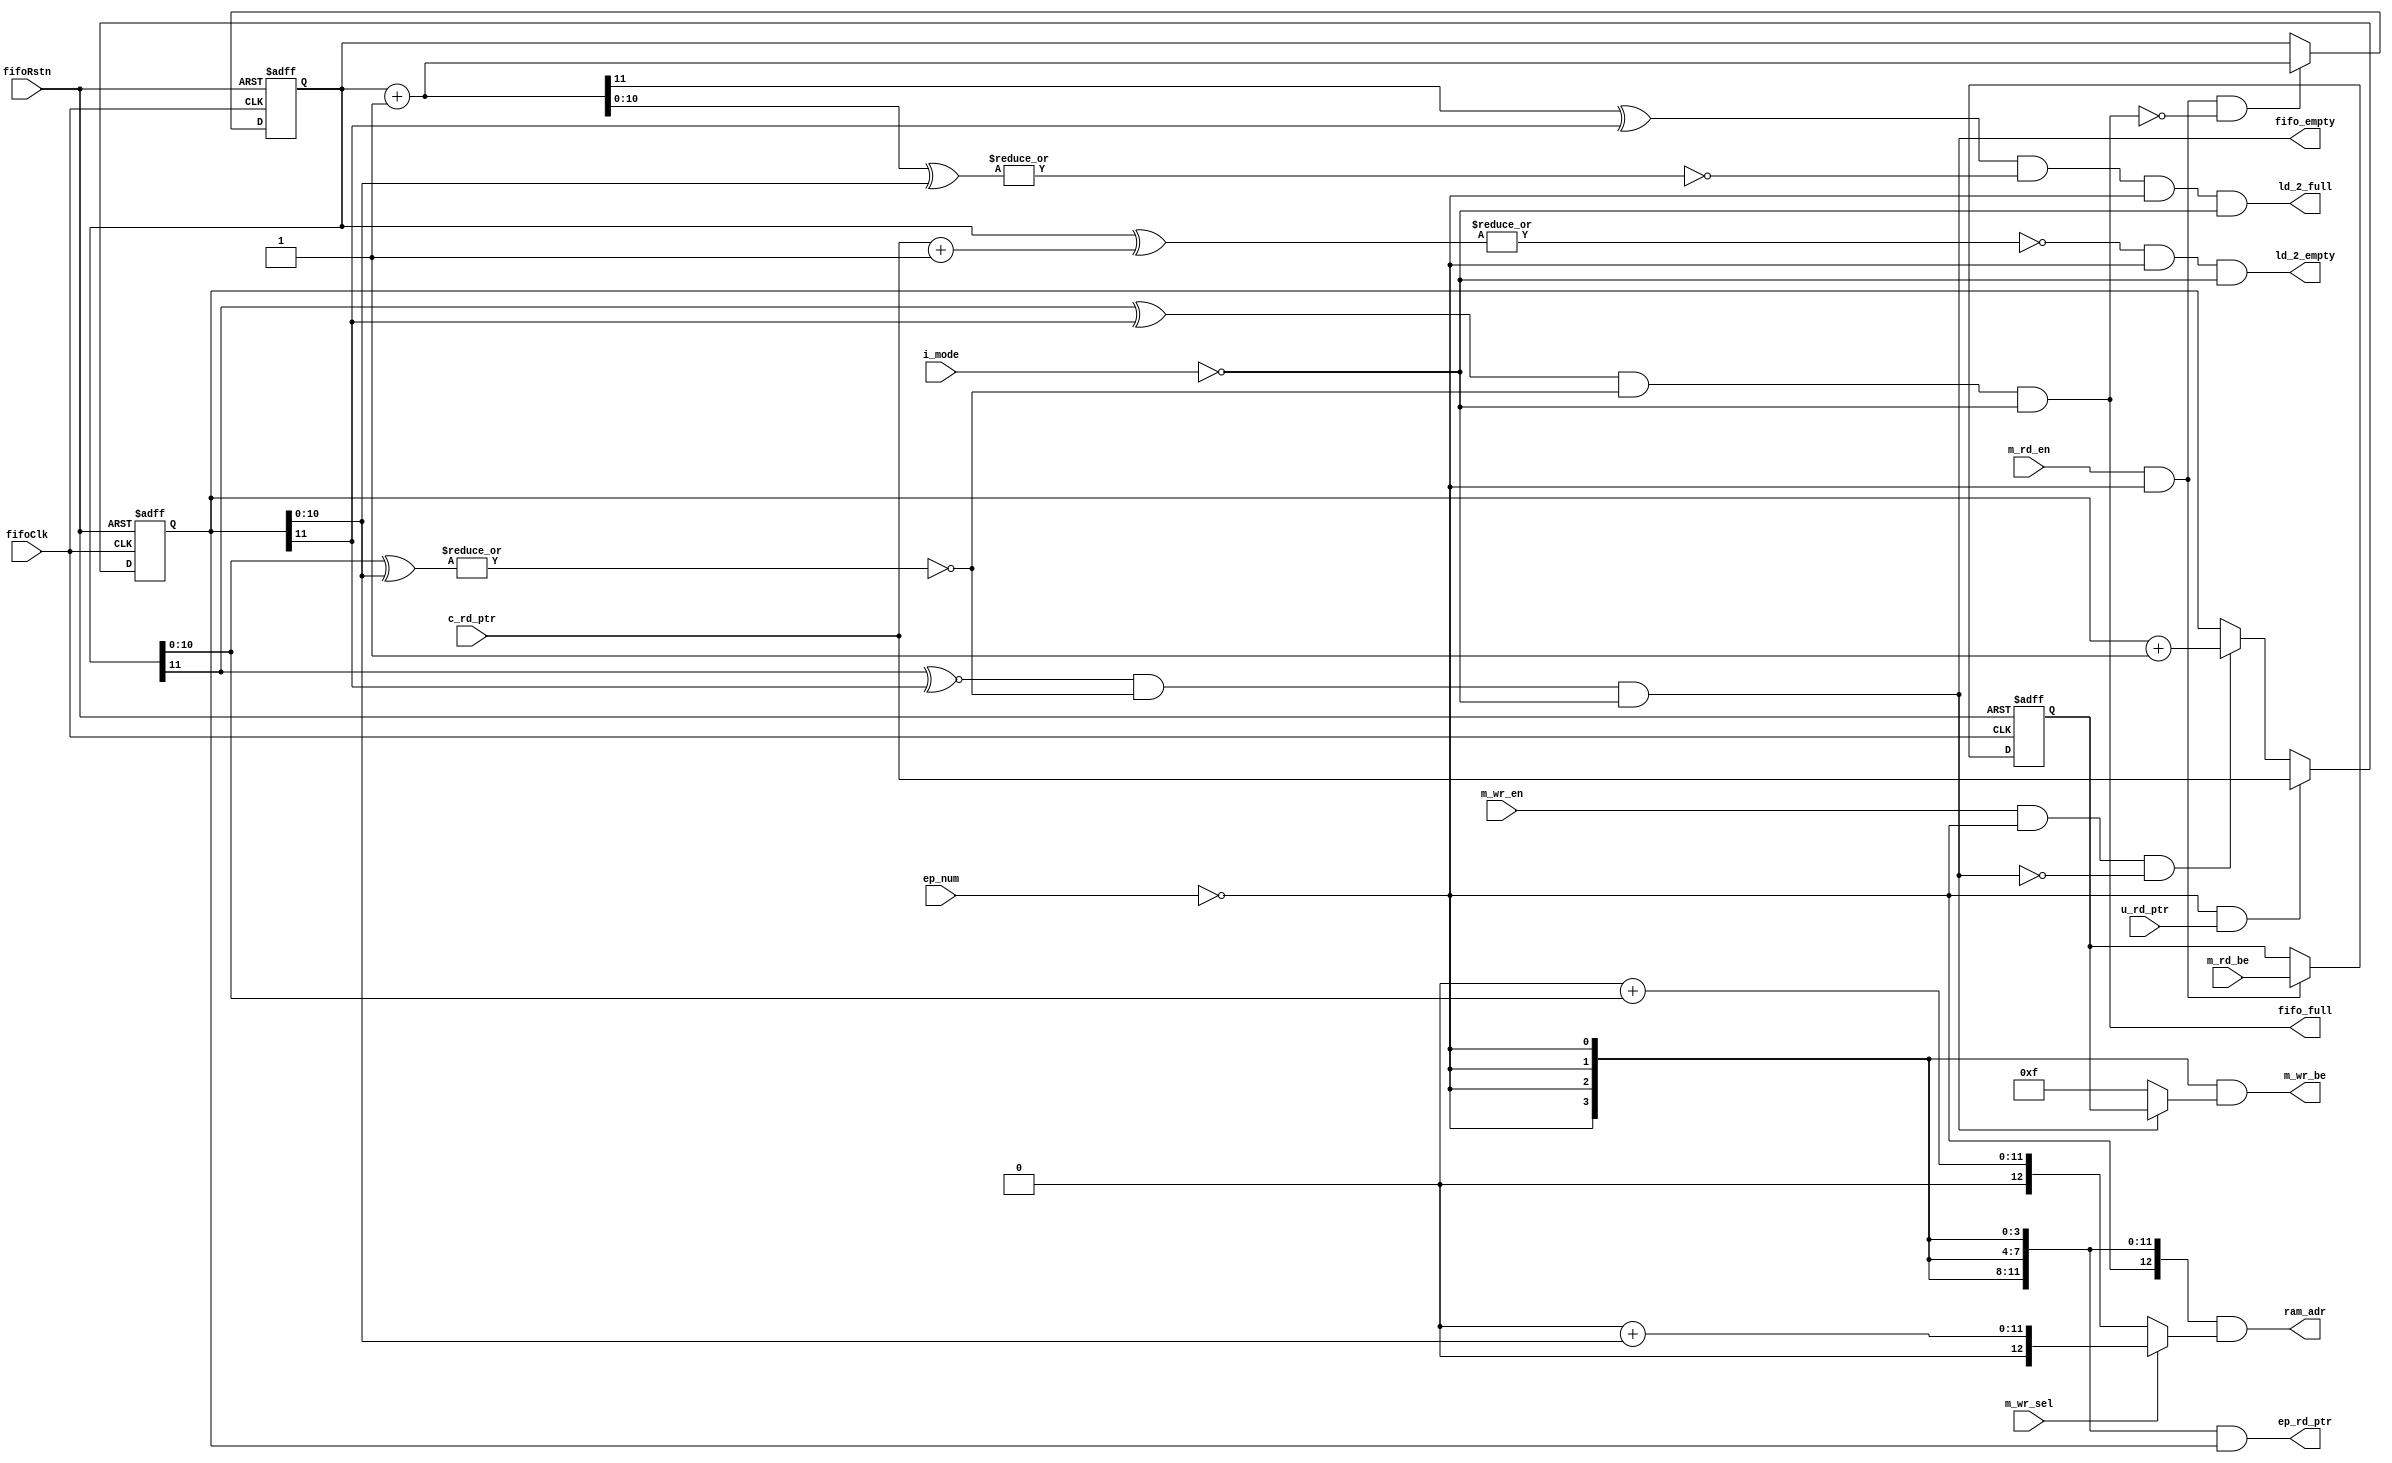
//------------------------------------------------------------------------------
// Title        : fifo_ep_mst.v 
// Project      : FT600
//------------------------------------------------------------------------------
//------------------------------------------------------------------------------
// Description  : 
//                FT600 FIFO Master Endpoint module 
//
//
//------------------------------------------------------------------------------
// Known issues & omissions:
// 
// 
//------------------------------------------------------------------------------
// Copyright 2013 FTDI Ltd. All rights reserved.
//------------------------------------------------------------------------------

module fifo_ep_mst #(
  parameter T_MSZ = 13,   // 16Kx32bit
  parameter EPm_MSZ = 11,
  parameter EP_MSZ = 11,  // 4Kx32bit, no roll-over bit
  parameter [2:0]  EP_NUM = 0,
  parameter [T_MSZ-1:0] EP_BASE_ADR = 0
  ) (
  // inputs
  input                          fifoRstn,
  input                          fifoClk,
  input                          i_mode,
  input                          m_wr_en,
  input                          m_rd_en,
  input [3:0]                    m_rd_be,
  input [2:0]                    ep_num,
  input                          m_wr_sel,
  input                          u_rd_ptr,
  input [EPm_MSZ:0]              c_rd_ptr,

  // outputs
  output wire [3:0]              m_wr_be,
  output wire [T_MSZ-1:0]        ram_adr,
  output reg [EPm_MSZ:0]         ep_rd_ptr,
  output wire                    fifo_empty,
  output wire                    fifo_full,
  output wire                    ld_2_empty,
  output wire                    ld_2_full
);

  reg [EP_MSZ:0]             wr_ptr;   // added roll-over bit
  reg [EP_MSZ:0]             rd_ptr;   // added roll-over bit
  reg [3:0]                  last_be;

  wire [EP_MSZ:0]            wlah_ptr;
  wire [EP_MSZ:0]            lah_cptr;
  wire [T_MSZ-1:0]           mm_wr_adr;
  wire [T_MSZ-1:0]           mm_rd_adr;
  wire [T_MSZ-1:0]           ep_ram_adr;
  wire                       ep_match;
  wire                       lb_ptr_eq;
  wire                       la_wptr_eq;
  wire                       lah_cptr_eq;
  wire                       mm_wr_en;
  wire                       mm_rd_en;
  wire                       ld_rd_ptr;


  localparam EP_DIFF = EPm_MSZ - EP_MSZ;
  localparam EP_MSZ_P = EP_MSZ + 1;



  always @(*) begin

    if (EPm_MSZ<=EP_MSZ)
      ep_rd_ptr = {{EP_MSZ_P{ep_match}} & rd_ptr};
    else
      ep_rd_ptr = {{EP_DIFF{1'b0}},{{EP_MSZ_P{ep_match}} & rd_ptr}};

  end


  assign ld_rd_ptr   = ep_match & u_rd_ptr;

  assign mm_wr_en    = m_rd_en & ep_match;

  assign mm_rd_en    = m_wr_en & ep_match;

  assign ram_adr     = {T_MSZ{ep_match}} & ep_ram_adr;

  assign ep_ram_adr  = m_wr_sel ? mm_rd_adr : mm_wr_adr;

  assign mm_wr_adr   = EP_BASE_ADR + wr_ptr[EP_MSZ-1:0];

  assign mm_rd_adr   = EP_BASE_ADR + rd_ptr[EP_MSZ-1:0];

  assign la_wptr_eq  = (~|(wlah_ptr[EP_MSZ-1:0] ^ rd_ptr[EP_MSZ-1:0]));

  assign wlah_ptr    = wr_ptr + 1'b1;

  assign ld_2_full = (wlah_ptr[EP_MSZ] ^ rd_ptr[EP_MSZ]) &
                     la_wptr_eq & ep_match & ~i_mode;

  assign m_wr_be     = {4{ep_match}} & (fifo_empty? last_be : 4'b1111);

  assign ep_match    = (ep_num == EP_NUM);


///////////////////////////////////////////////////////////////////////////////
// external FIFO full/empty

  assign lah_cptr     = c_rd_ptr[EP_MSZ:0] + 1'b1;

  assign lah_cptr_eq  = (~|(wr_ptr ^ lah_cptr));

  assign ld_2_empty = lah_cptr_eq & ep_match & ~i_mode;


///////////////////////////////////////////////////////////////////////////////
// internal FIFO full/empty

  assign lb_ptr_eq   = (~|(wr_ptr[EP_MSZ-1:0] ^ rd_ptr[EP_MSZ-1:0]));

  assign fifo_full   = (wr_ptr[EP_MSZ] ^ rd_ptr[EP_MSZ]) &
                       lb_ptr_eq & ~i_mode;

  assign fifo_empty  = (wr_ptr[EP_MSZ] ~^ rd_ptr[EP_MSZ]) &
                       lb_ptr_eq & ~i_mode;


///////////////////////////////////////////////////////////////////////////////
// EP data count calculation

  always @(posedge fifoClk or negedge fifoRstn)
    if (~fifoRstn) begin

      wr_ptr         <= 0;
      rd_ptr         <= 0;
      last_be        <= 0;

    end
    else begin

      if (mm_wr_en & ~fifo_full)
        wr_ptr       <=  wr_ptr + 1'b1;

      if (ld_rd_ptr)
        rd_ptr       <=  c_rd_ptr[EP_MSZ:0];
      else if (mm_rd_en & ~fifo_empty)
        rd_ptr       <=  rd_ptr + 1'b1;

      if (mm_wr_en)
        last_be      <=  m_rd_be;

    end


endmodule